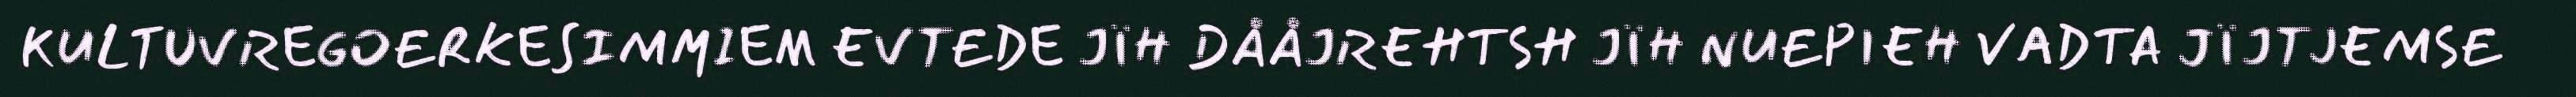
KULTUVREGOERKESIMMIEM EVTEDE JÏH DÅÅJREHTSH JÏH NUEPIEH VADTA JÏJTJEMSE